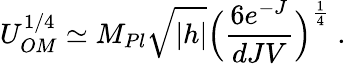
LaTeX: U_{OM}^{1/4}\simeq M_{Pl}\sqrt{|h|}\Big(\frac{6e^{-J}}{dJV}\Big)^{\frac{1}{4}}\; .